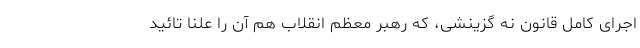
اجرای کامل قانون نه گزینشی، که رهبر معظم انقلاب هم آن را علناً تائید